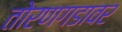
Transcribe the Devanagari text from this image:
तोरणगडावर